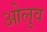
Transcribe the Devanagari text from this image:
ओलुव